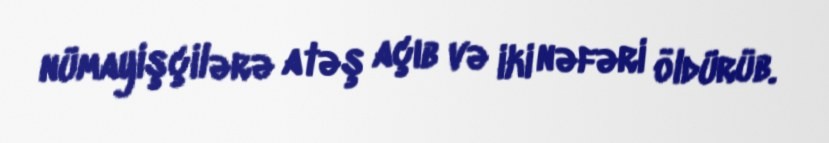
nümayişçilərə atəş açıb və iki nəfəri öldürüb.